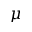
\mu